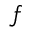
f